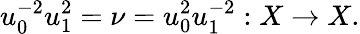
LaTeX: u_{0}^{-2}u_{1}^{2}=\nu=u_{0}^{2}u_{1}^{-2}:X\to X.